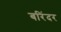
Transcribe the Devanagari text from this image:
बरिंदर